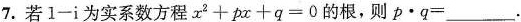
7.若$$1 - i$$为实系数方程$$x ^ { 2 } + p x + q = 0$$的根，则$$p \cdot q = ___$$.